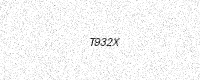
Text: T932X